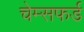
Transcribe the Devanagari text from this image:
चेम्सफर्ड